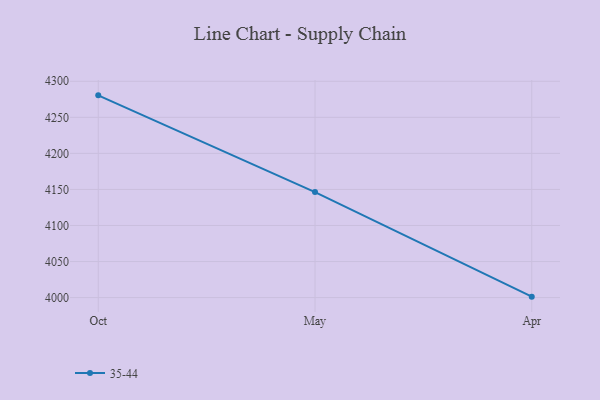
{"axis": {"x": "Month", "y": "Backlog"}, "legend": ["35-44"], "data": [{"x": "Oct", "y": 4280.5, "type": "35-44"}, {"x": "May", "y": 4146.3, "type": "35-44"}, {"x": "Apr", "y": 4001.3, "type": "35-44"}]}